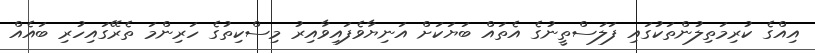
އިއްގެ ކުރިމަތިލުންތަކުގައި ފަލަސްތީނުގެ އެތައް ބަޔަކަށް އަނިޔާވެފައިވާއިރު މިސްކިތުގެ ހަރިންމަ ތެރޭގައިހުރި ބައެއް